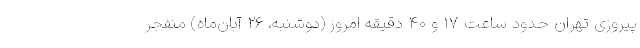
پیروزی تهران حدود ساعت ۱۷ و ۴۰ دقیقه امروز (دوشنبه، ۲۶ آبان‌ماه) منفجر